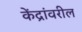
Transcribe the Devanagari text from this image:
केंद्रांवरील